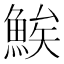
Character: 𬵖